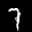
Label: 7